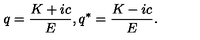
q = \frac { K + i c } { E } , q ^ { * } = \frac { K - i c } { E } .